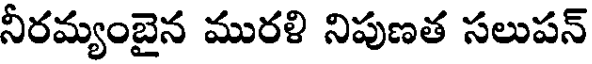
నీరమ్యంబైన మురళి నిపుణత సలుపన్